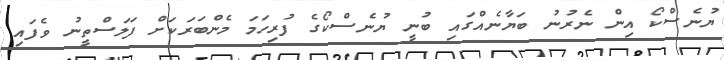
ޔުނެސްކޯ އިން ނެރުނު ބަޔާނެއްގައި ބުނީ ޔުނެސްކޯގެ ފުރިހަމަ މެންބަރަކަށް ފަލަސްތީނު ވެފައި